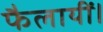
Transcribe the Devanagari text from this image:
फैलायीं।